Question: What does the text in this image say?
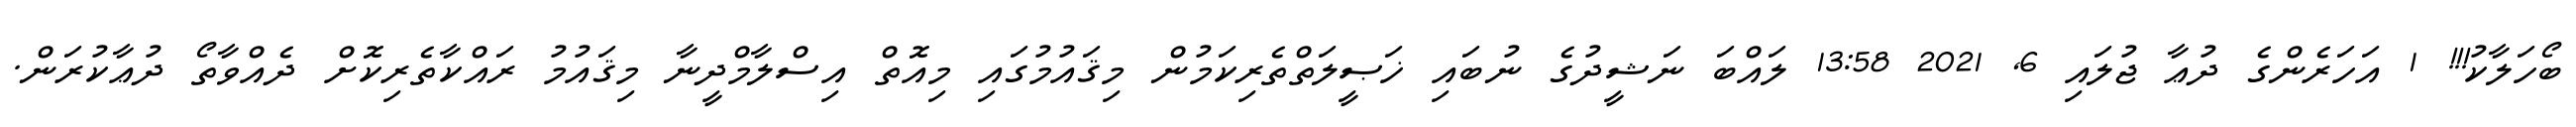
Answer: ބޯހަލާކު!!! 1 އަހަރެންގެ ދުޢާ ޖުލައި 6, 2021 13:58 ލައްބަ ނަޝީދުގެ ނުބައި ޚަޞީލަތްތެރިކަމުން މިޤައުމުގައި މިއޮތް އިސްލާމްދީނާ މިޤައުމު ރައްކާތެރިކޮށް ދެއްވާތޯ ދުޢާކުރަން.